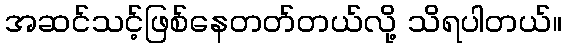
အဆင်သင့်ဖြစ်နေတတ်တယ်လို့ သိရပါတယ်။